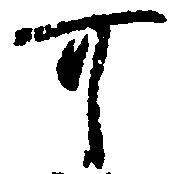
可